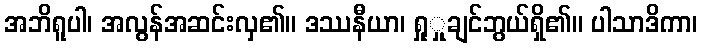
အဘိရူပါ၊ အလွန်အဆင်းလှ၏။ ဒဿနီယာ၊ ရှုှုချင်ဘွယ်ရှိ၏။ ပါသာဒိကာ၊